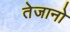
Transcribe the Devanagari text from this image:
तेजानो